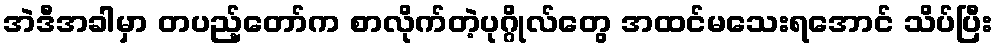
အဲဒီအခါမှာ တပည့်တော်က စာလိုက်တဲ့ပုဂ္ဂိုလ်တွေ အထင်မသေးရအောင် သိပ်ပြီး